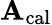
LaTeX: \mathbf{A}_{\mathrm{{cal}}}